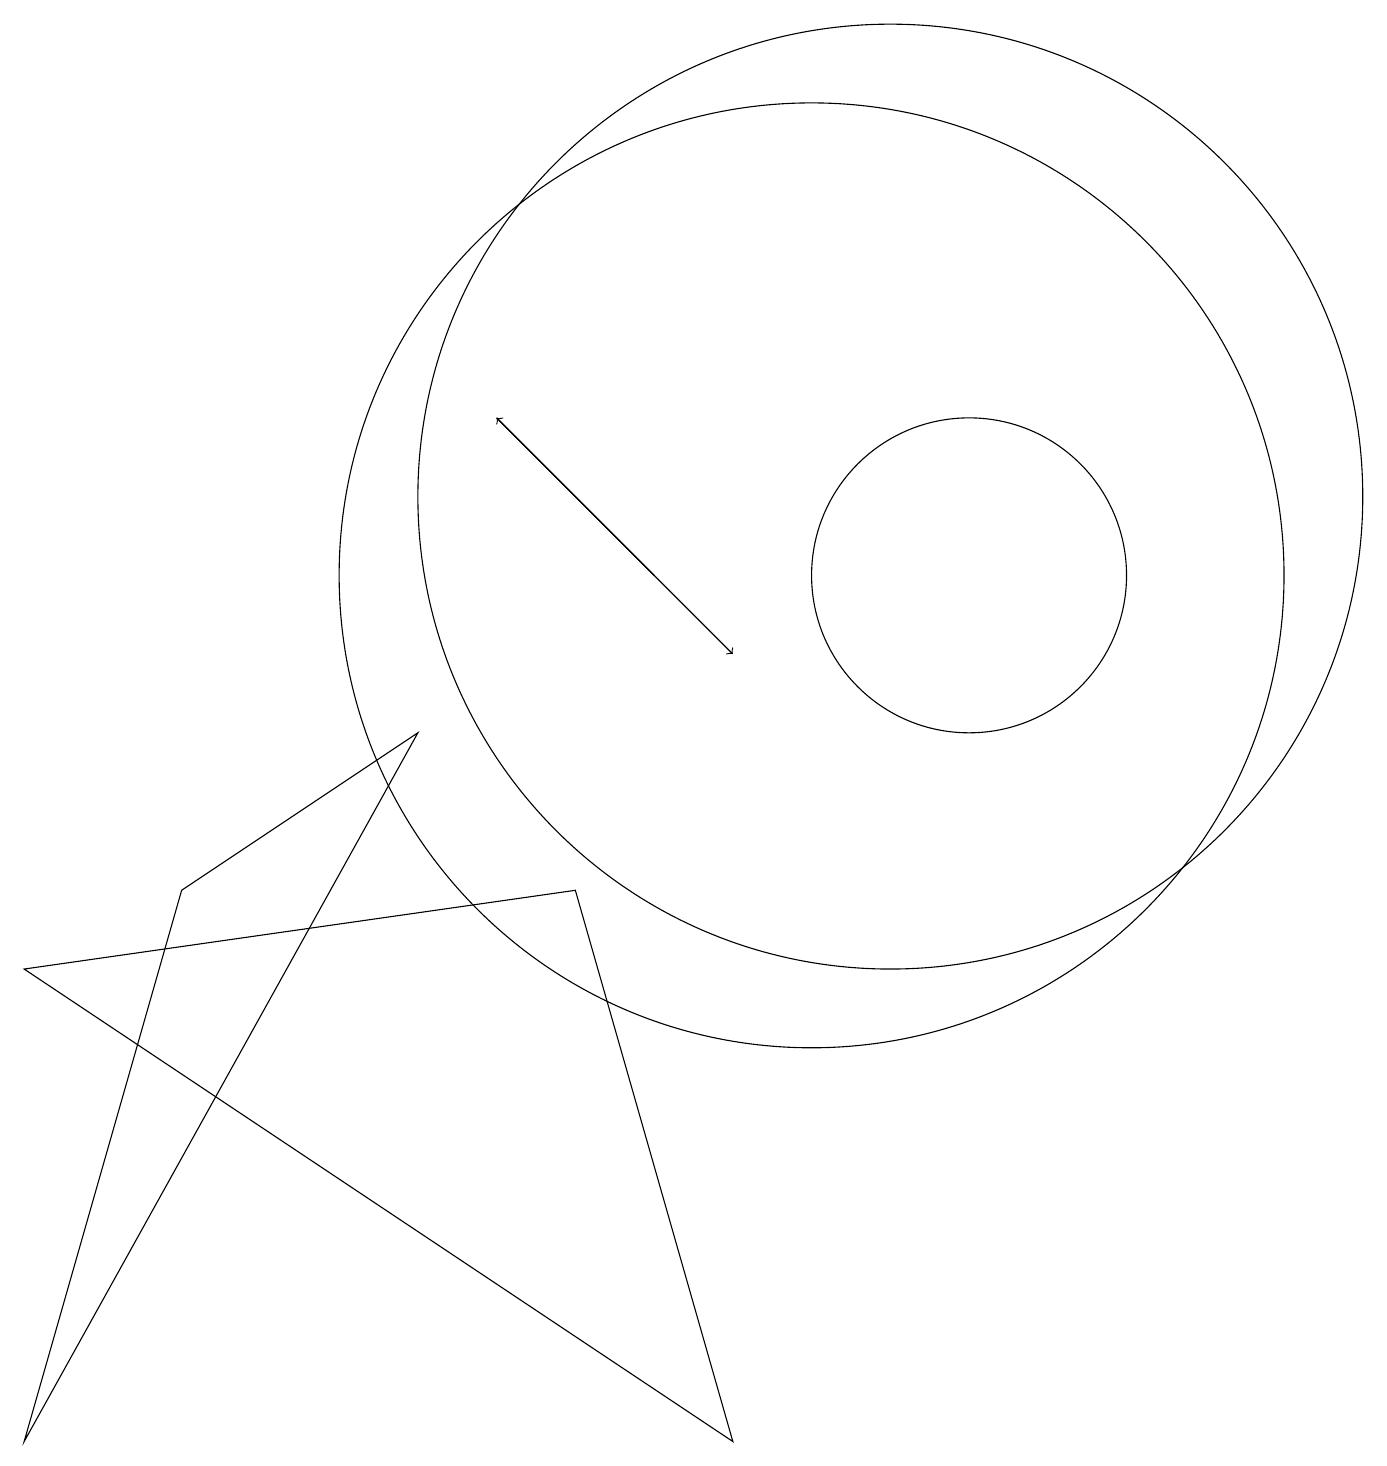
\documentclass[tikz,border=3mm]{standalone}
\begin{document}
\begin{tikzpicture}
\draw[->] (6,13) -- (9,10);
\draw (10,11) circle (6);
\draw (2,7) -- (5,9) -- (0,0) -- cycle;
\draw (11,12) circle (6);
\draw (0,6) -- (7,7) -- (9,0) -- cycle;
\draw[->] (8,11) -- (6,13);
\draw (12,11) circle (2);
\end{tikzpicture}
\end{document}